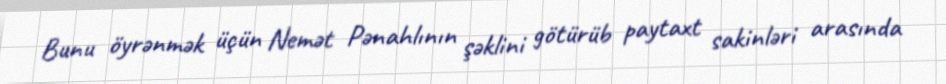
Bunu öyrənmək üçün Nemət Pənahlının şəklini götürüb paytaxt sakinləri arasında